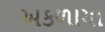
અકળાયા